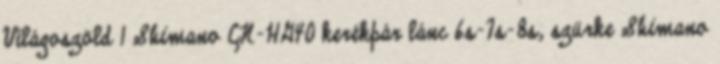
Világoszöld 1 Shimano CN-HG40 kerékpár lánc 6s-7s-8s, szürke Shimano